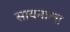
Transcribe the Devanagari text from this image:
सायनाला